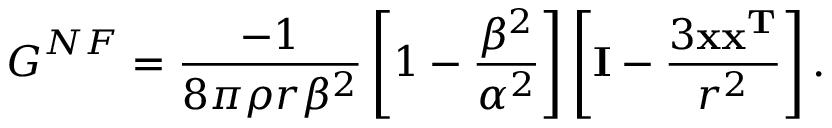
\boldsymbol { G } ^ { N F } = \frac { - 1 } { 8 \pi \rho r \beta ^ { 2 } } \left[ 1 - \frac { \beta ^ { 2 } } { \alpha ^ { 2 } } \right] \left[ { \bf I } - \frac { 3 { \bf x x ^ { T } } } { r ^ { 2 } } \right] .